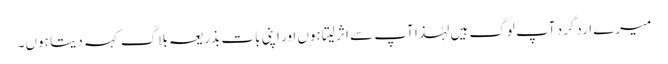
میرے اردگرد آپ لوگ ہیں لہٰذا آپ سے اثر لیتا ہوں اور اپنی بات بذریعہ بلاگ کہہ دیتا ہوں۔